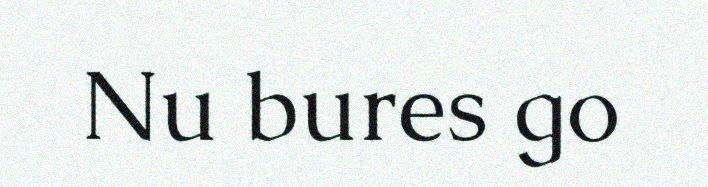
Nu bures go